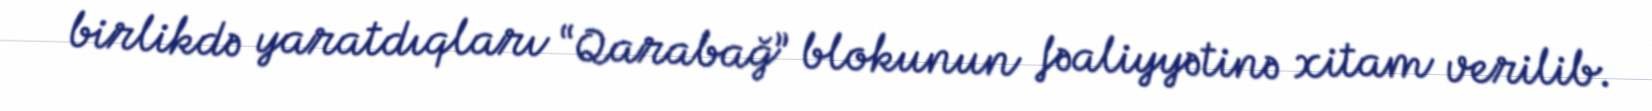
birlikdə yaratdıqları “Qarabağ” blokunun fəaliyyətinə xitam verilib.